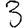
Digit: 3